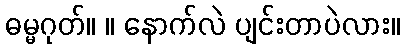
ဓမ္မဂုတ်။ ။ နောက်လဲ ပျင်းတာပဲလား။